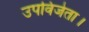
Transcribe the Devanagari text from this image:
उपविजेता।